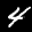
Label: 4